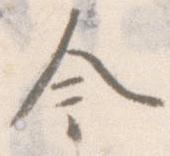
今